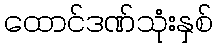
ထောင်ဒဏ်သုံးနှစ်